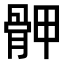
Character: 𩨹